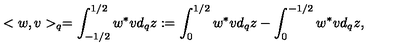
< w , v > _ { q } = \int _ { - 1 / 2 } ^ { 1 / 2 } w ^ { * } v d _ { q } z : = \int _ { 0 } ^ { 1 / 2 } w ^ { * } v d _ { q } z - \int _ { 0 } ^ { - 1 / 2 } w ^ { * } v d _ { q } z ,